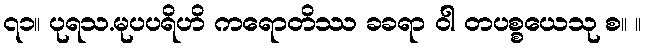
၇၁။ ပုရသ.မုပပရိဟိ ကရောတိဿ ခခရာ ဝါ တပစ္စယေသု စ။ ။